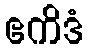
ဧကိဒံ